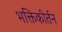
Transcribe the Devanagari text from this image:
भक्तिकीर्तन